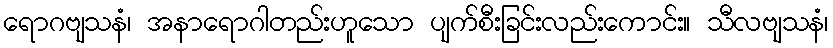
ရောဂဗျသနံ၊ အနာရောဂါတည်းဟူသော ပျက်စီးခြင်းလည်းကောင်း။ သီလဗျသနံ၊